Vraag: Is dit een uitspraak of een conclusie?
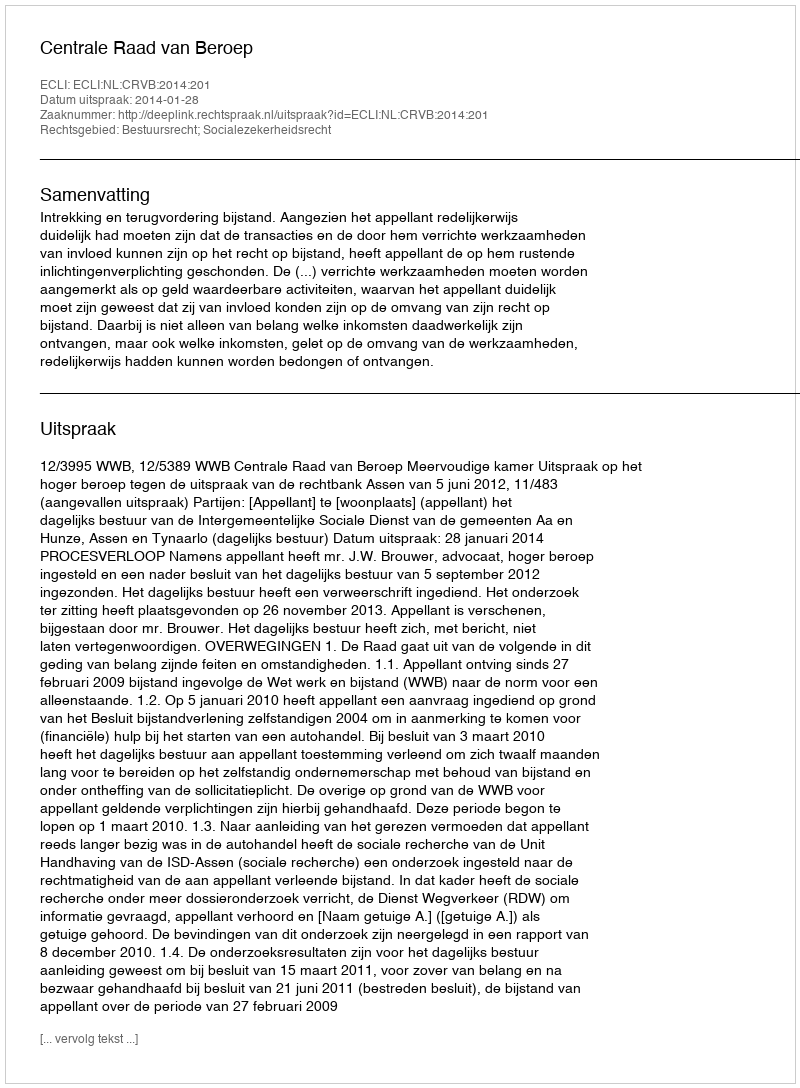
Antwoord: Uitspraak